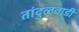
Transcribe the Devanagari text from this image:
तांदुळवाडी